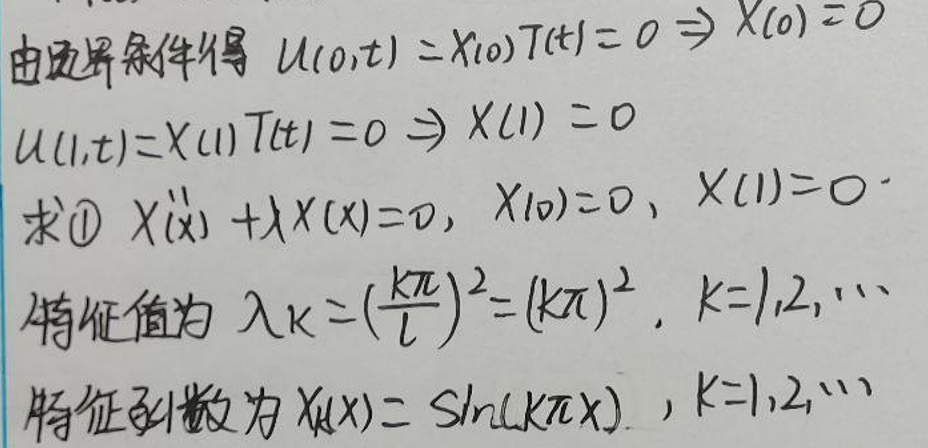
由边界条件得\(u(0,t)=x(0)T(t)=0\Rightarrow x(0)=0\)

\(u(l,t)=x(l)T(t)=0\Rightarrow x(l)=0\)

求\(x^{\prime\prime}(x)+ \lambda x(x)=0\)，\(x(0)=0\)，\(x(l)=0\)

特征值为\(\lambda_{k}=\left(\frac{k\pi}{l}\right)^{2}=(k\pi)^{2}\)，\(k = 1,2,\cdots\)

特征函数为\(X_{k}(x)=\text{Sh}(k\pi x)\)，\(k = 1,2,\cdots\)